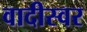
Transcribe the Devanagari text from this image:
वादीस्वर